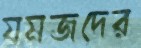
যমজদের